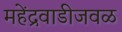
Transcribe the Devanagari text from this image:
महेंद्रवाडीजवळ